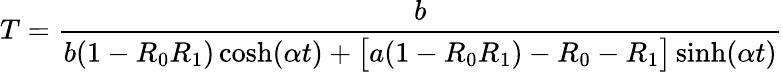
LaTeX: T=\frac{b}{b(1-R_{0}R_{1})\cosh(\alpha t)+\big[a(1-R_{0}R_{1})-R_{0}-R_{1}\big]\sinh(\alpha t)}